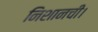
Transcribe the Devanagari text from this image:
निशानची।